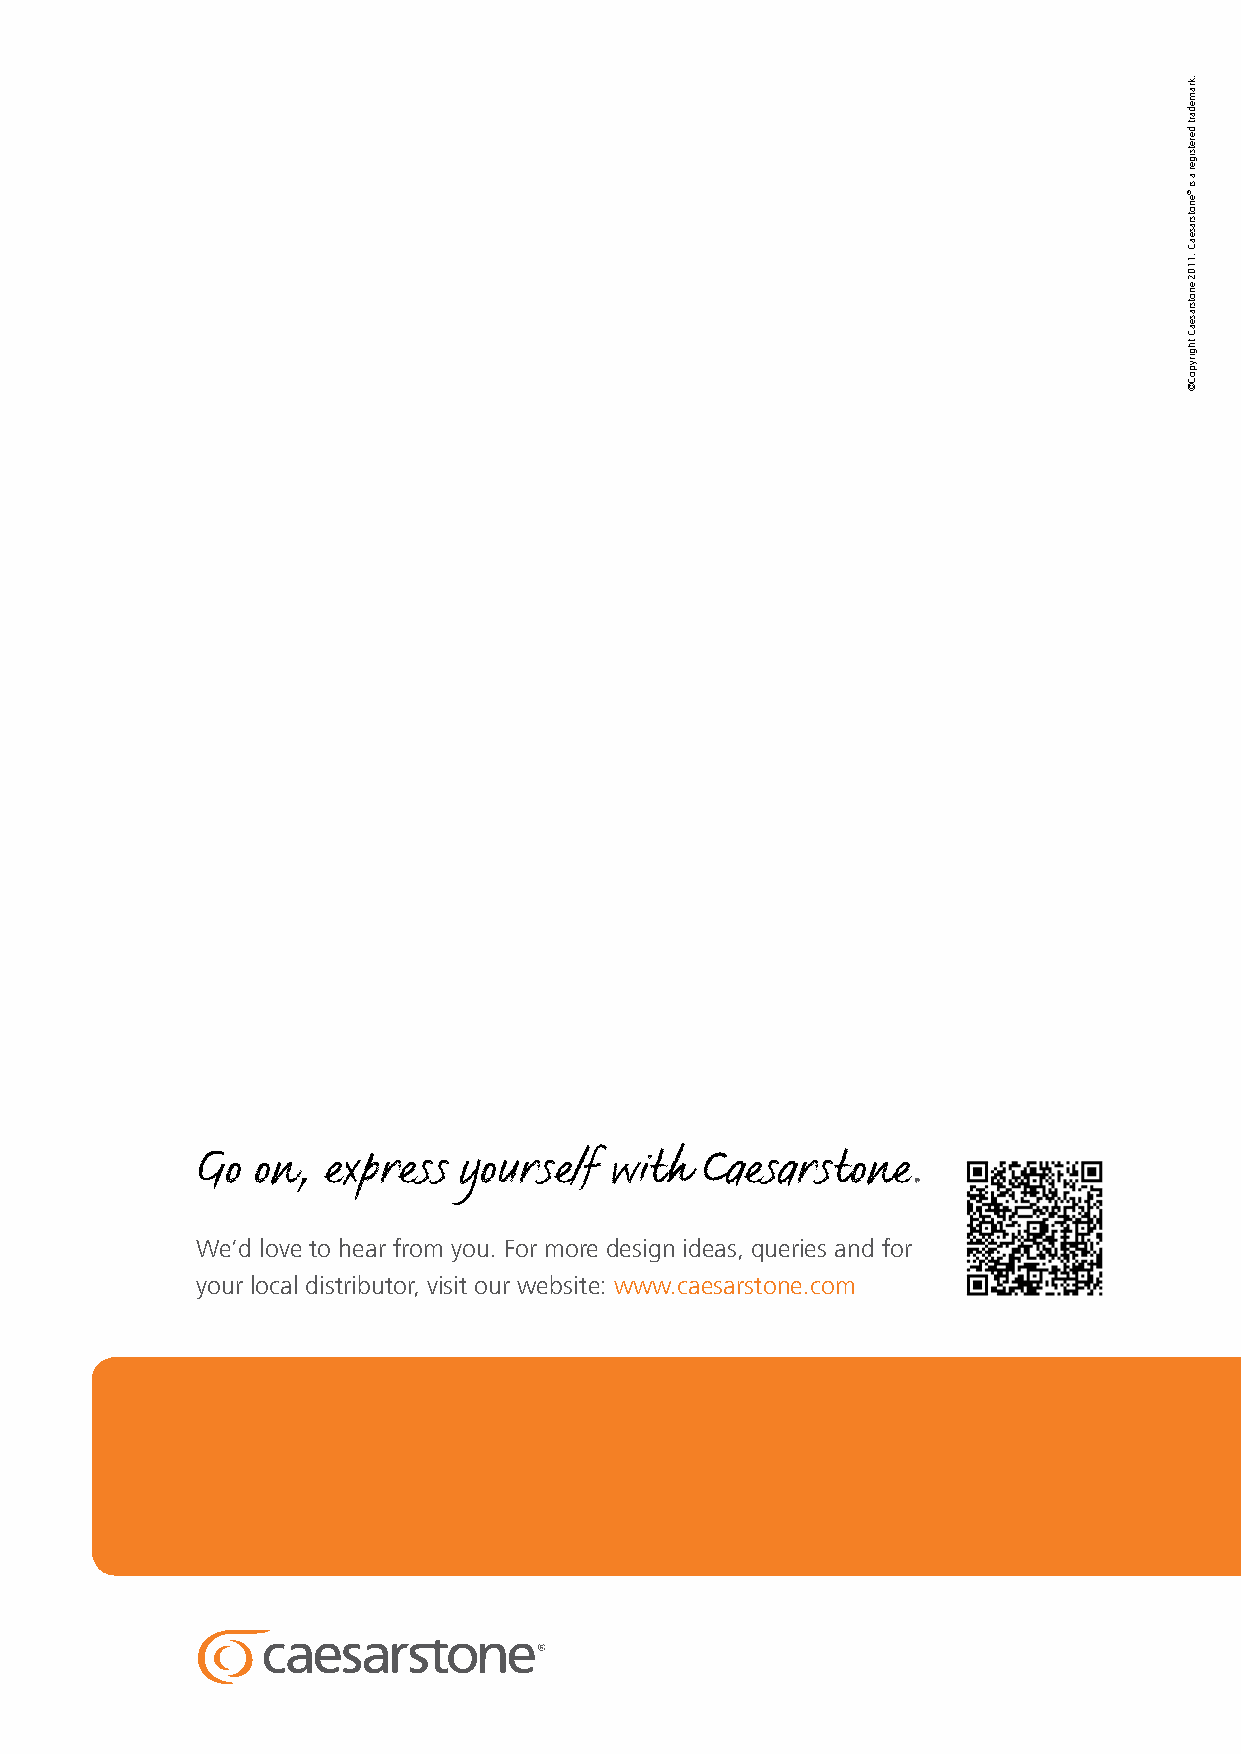
Go  on, express  yourself  with  Caesarstone.
 We’d love to hear from you. For more design ideas, queries and for
 your local distributor, visit our website: www.caesarstone.com
 .kramedart
 deretsiger
 a
 si
 ®enotsraseaC
 .1102
 enotsraseaC
 thgirypoC©